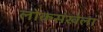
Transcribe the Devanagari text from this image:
लोकसंखेला